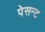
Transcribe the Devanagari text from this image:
पेसन्ट